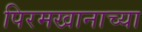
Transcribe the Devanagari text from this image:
पिरमखानाच्या